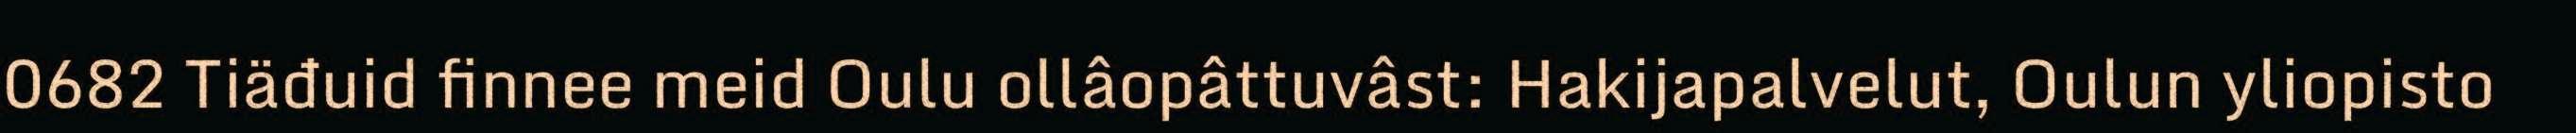
0682 Tiäđuid finnee meid Oulu ollâopâttuvâst: Hakijapalvelut, Oulun yliopisto